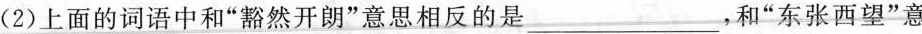
(2)上面的词语中和”豁然开朗”意思相反的是___，和”东张西望”意